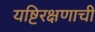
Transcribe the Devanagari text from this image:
यष्टिरक्षणाची